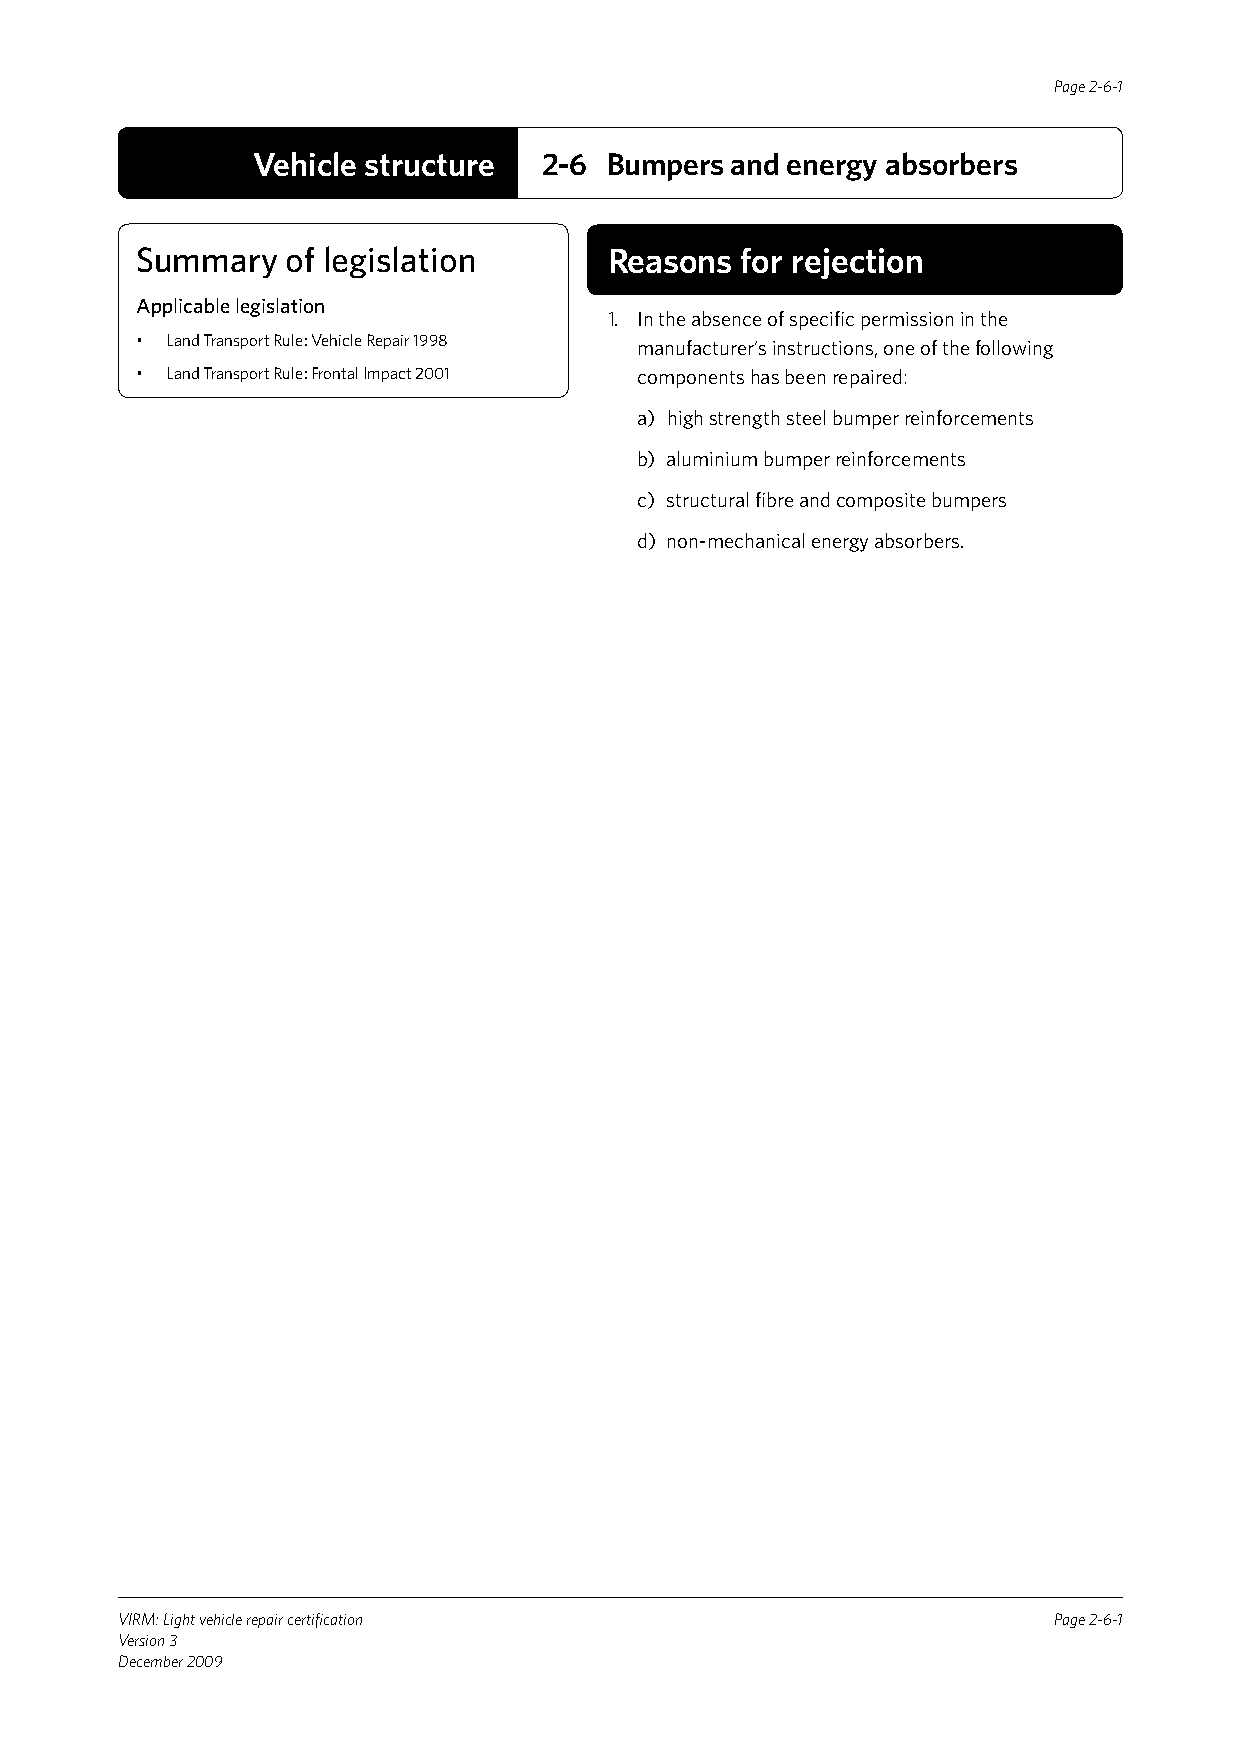
Page 2-6-1
 Vehicle structure  2-6 Bumpers and energy absorbers
 Summary   of legislation       Reasons  for rejection
 Applicable legislation
 1. In the absence of specific permission in the
 • Land Transport Rule: Vehicle Repair 1998 manufacturer’s instructions, one of the following
 • Land Transport Rule: Frontal Impact 2001 components has been repaired:
 a) high strength steel bumper reinforcements
 b) aluminium bumper reinforcements
 c) structural fibre and composite bumpers
 d) non-mechanical energy absorbers.
 VIRM: Light vehicle repair certification                      Page 2-6-1
 Version 3
 December 2009